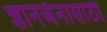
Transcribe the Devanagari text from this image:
ज्ञानर्जनासाठी